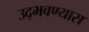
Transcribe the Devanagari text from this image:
उद्भवण्यास